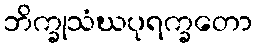
ဘိက္ခုသံဃပုရက္ခတော